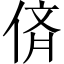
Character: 㑪